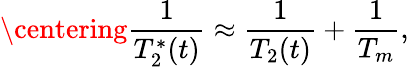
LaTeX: \centering\frac{1}{T_{2}^{*}(t)}\approx\frac{1}{T_{2}(t)}+\frac{1}{T_{m}},